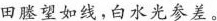
田塍望如线，白水光参差。